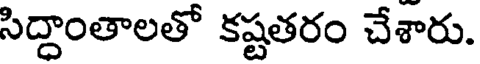
సిద్దాంతాలతో కష్టతరం చేశారు.